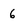
Character: 6